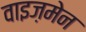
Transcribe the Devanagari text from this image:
वाइज़मेन